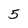
Character: 5